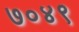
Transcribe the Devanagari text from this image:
७०४९